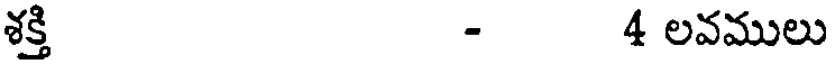
శక్తి - 4 లవములు